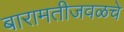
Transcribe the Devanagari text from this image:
बारामतीजवळचे